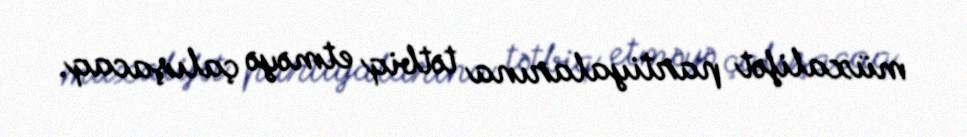
müxalifət partiyalarına tətbiq etməyə çalışacaq.